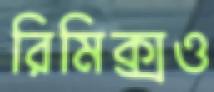
রিমিক্সও